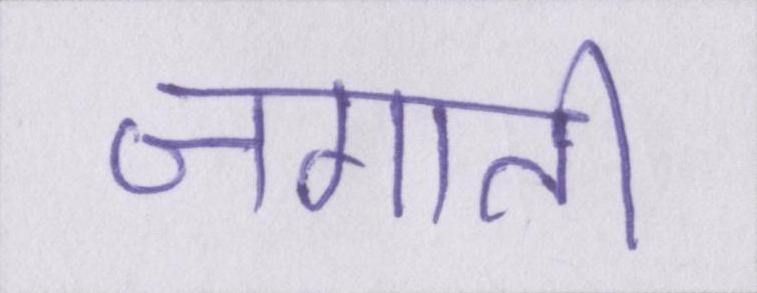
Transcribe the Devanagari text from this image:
जगाती